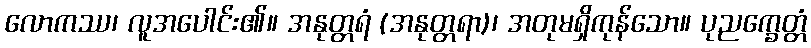
လောကဿ၊ လူအပေါင်း၏။ အနုတ္တရံ (အနုတ္တရာ)၊ အတုမရှိကုန်သော။ ပုညက္ခေတ္တံ